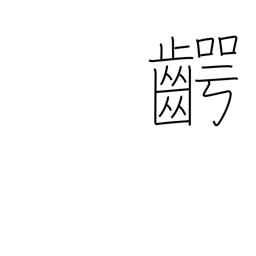
Meaning: jaw